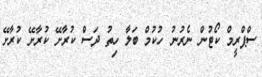
ސްޕްރީމް ކޯޓުން ނެރުނު ހުކުމް ބަލާ ހިތު ދަސް ކުރާށޭ ކުރާށޭ ކުރާށޭ